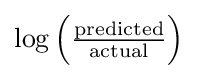
{\textstyle \log \left({\frac {\text{predicted}}{\text{actual}}}\right)}